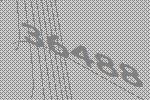
36488